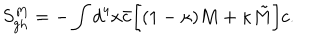
S _ { \mathrm { g h } } ^ { M } = - \int d ^ { 4 } x { \bar { c } } \biggl [ ( 1 - \kappa ) M + \kappa \tilde { M } \biggr ] c .